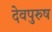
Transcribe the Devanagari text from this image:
देवपुरुष